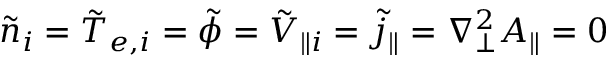
\tilde { n } _ { i } = \tilde { T } _ { e , i } = \tilde { \phi } = \tilde { V } _ { \parallel i } = \tilde { j } _ { \parallel } = \nabla _ { \perp } ^ { 2 } A _ { \parallel } = 0